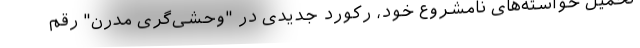
تحمیل خواسته‌های نامشروع خود، رکورد جدیدی در "وحشی‌گری مدرن" رقم